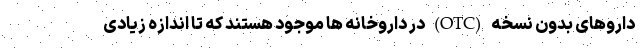
داروهای بدون نسخه (OTC) در داروخانه ها موجود هستند که تا اندازه زیادی